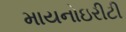
માયનોઇરીટી